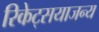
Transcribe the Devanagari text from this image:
रिकेट्सयाजन्य